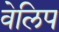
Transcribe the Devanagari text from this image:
वेलिप